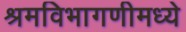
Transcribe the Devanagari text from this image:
श्रमविभागणीमध्ये